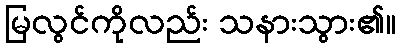
မြလွင်ကိုလည်း သနားသွား၏။